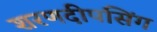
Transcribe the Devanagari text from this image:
शरणदीपसिंग